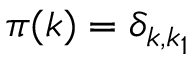
\pi ( k ) = \delta _ { k , k _ { 1 } }